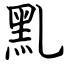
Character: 䵝